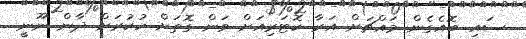
ސައި ބޮއެގެން މައްޗަށް އަރާ ކޮޓަރިއަށް ވަން ގޮތަށް ހުކުރަށް ދާން ނޫނީ